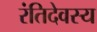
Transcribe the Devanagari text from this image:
रंतिदेवस्य